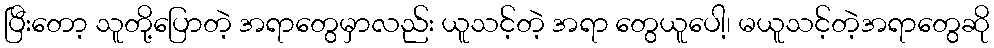
ပြီးတော့ သူတို့ပြောတဲ့ အရာတွေမှာလည်း ယူသင့်တဲ့ အရာ တွေယူပေါ့၊ မယူသင့်တဲ့အရာတွေဆို